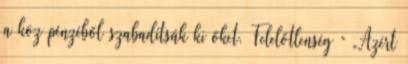
a köz pénzéből szabadítsák ki őket. Felelőtlenség ” „Azért